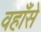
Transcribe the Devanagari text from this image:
वहाँसे